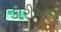
કોરીઅન